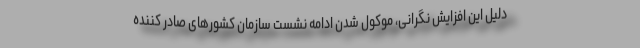
دلیل این افزایش نگرانی، موکول شدن ادامه نشست سازمان کشورهای صادر کننده